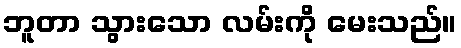
ဘူတာ သွားသော လမ်းကို မေးသည်။